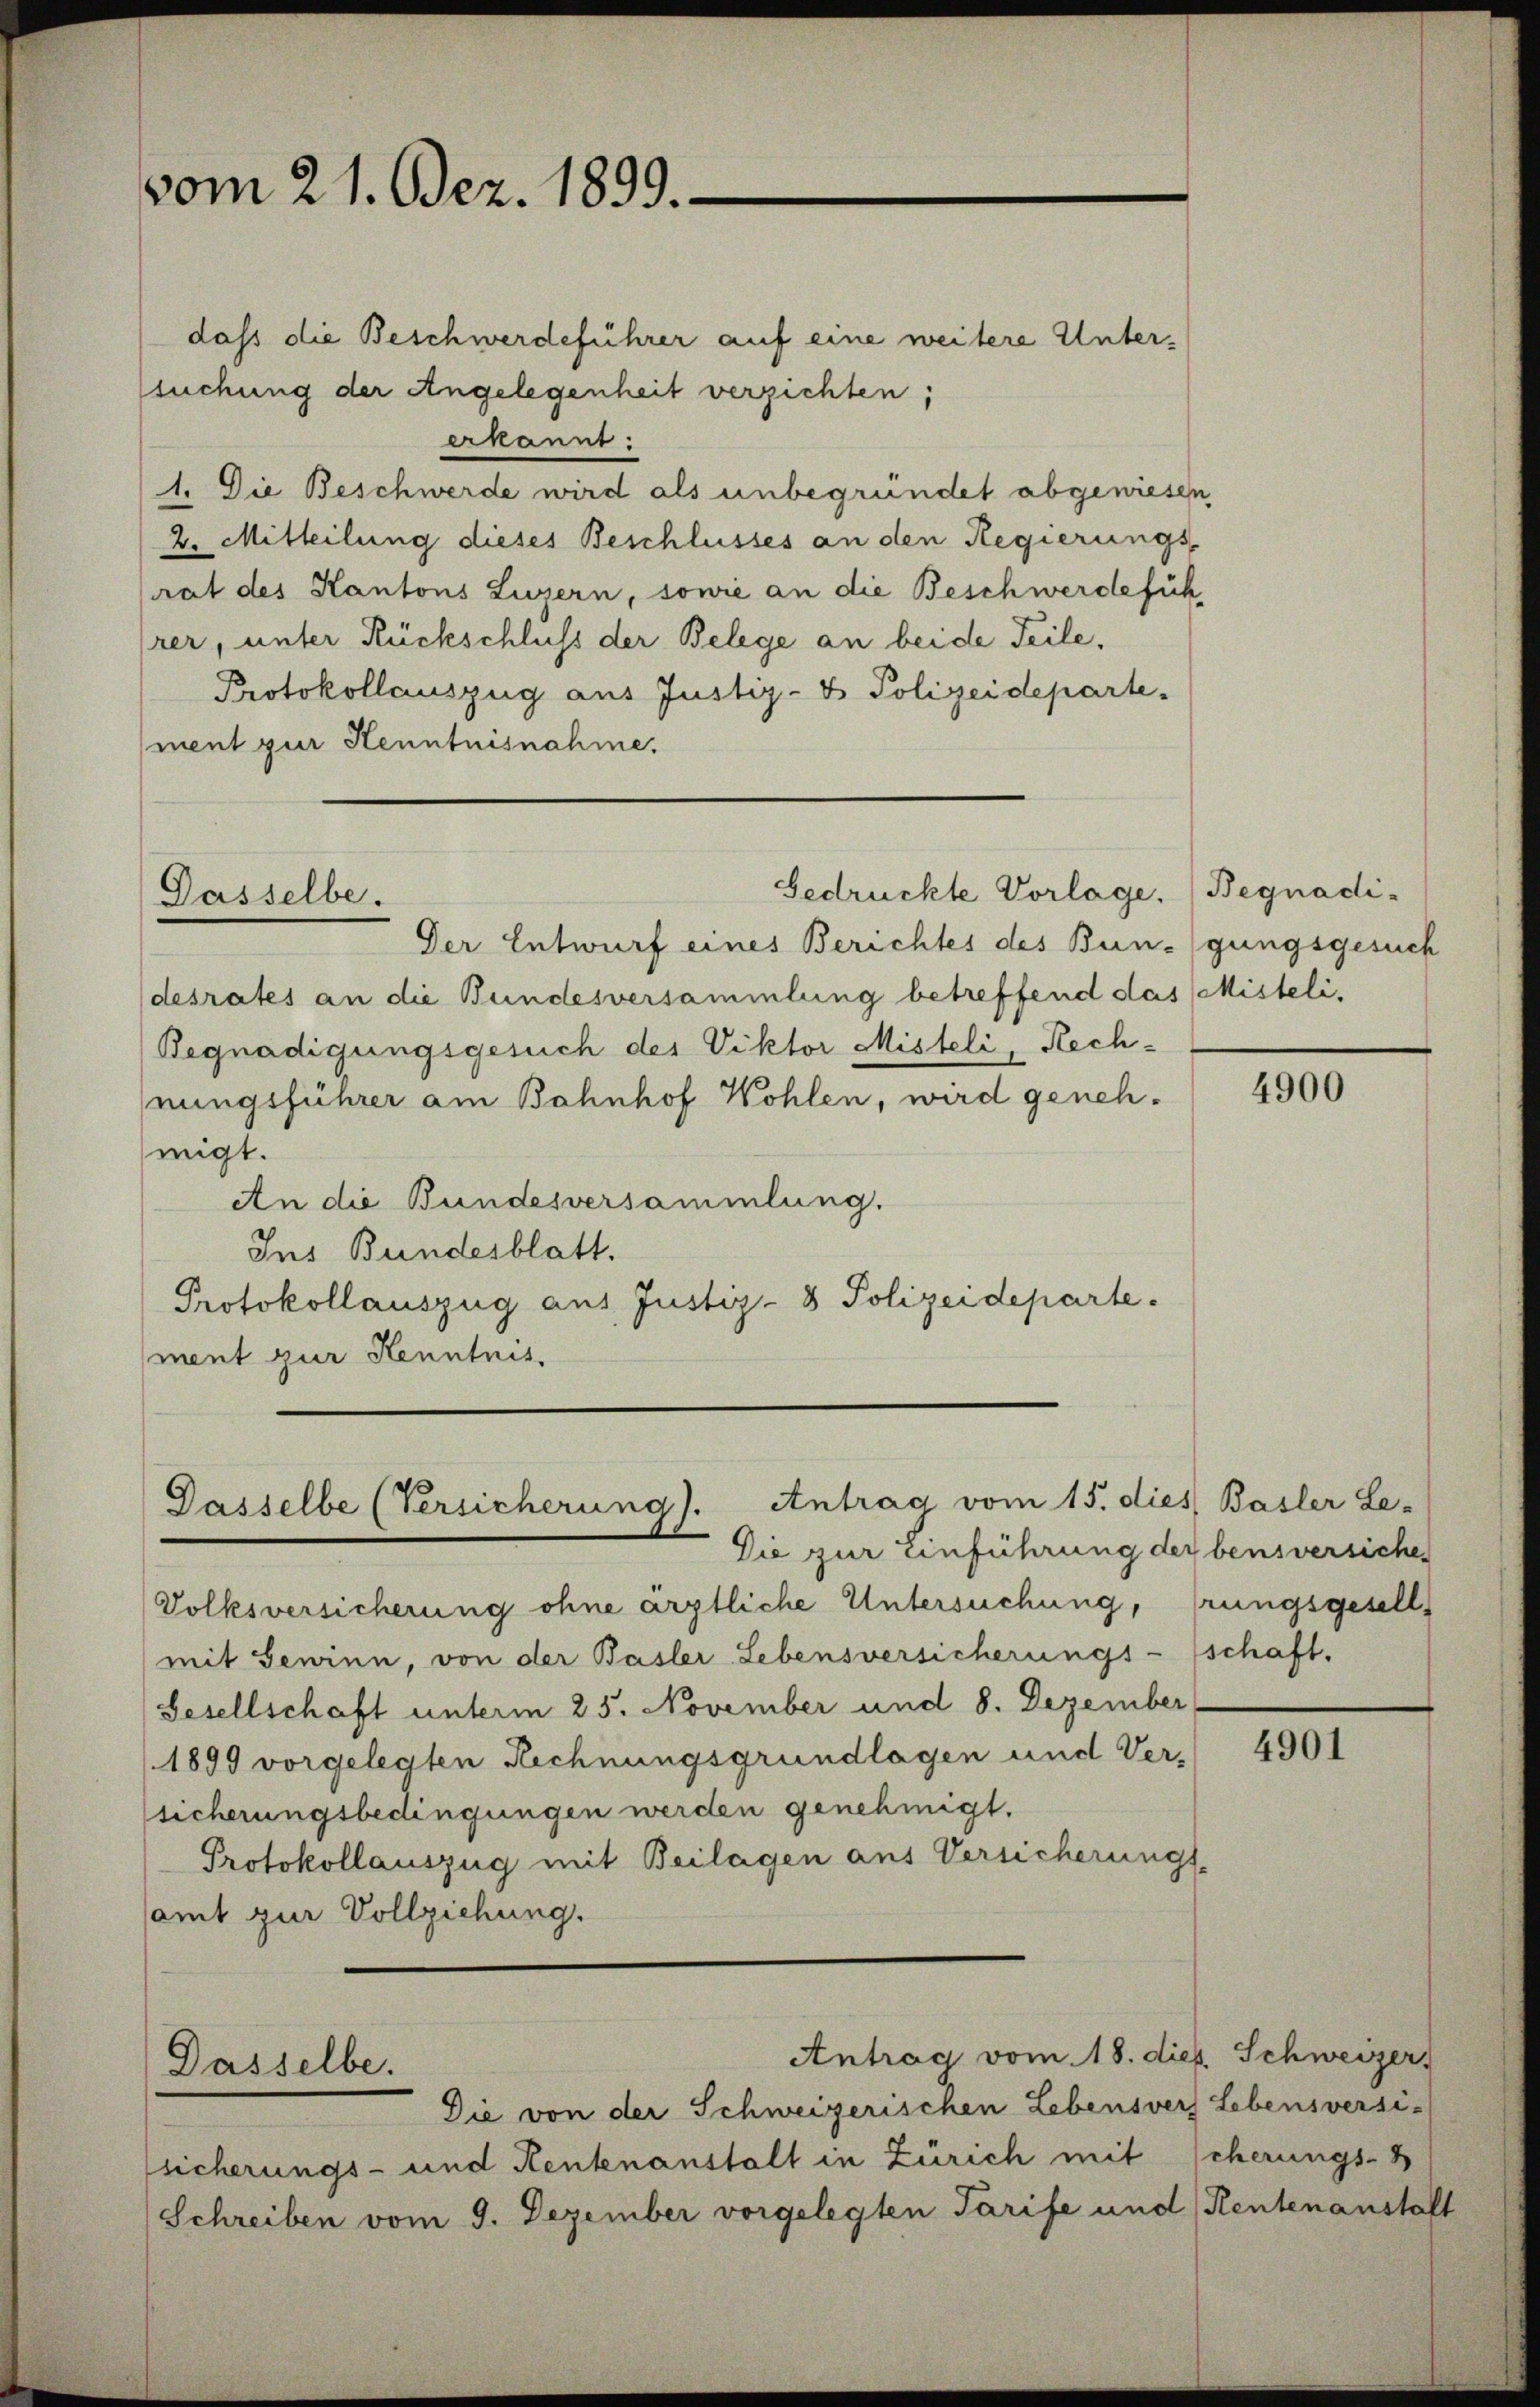
vom 21. Dez. 1899.

Dasselbe.

Gasselbe (Versicherung). Antrag vom 15. dies Basler Le-
Die zur Einführung der bensversiche

Dasselbe.

dass die Beschwerdeführer auf eine weitere Untersuchung der Angelegenheit verzichten;
ekannt:
1. Die Beschwerde wird als unbegründet abgewiesen
2. Mitteilung dieses Beschlusses an den Regierungs-
rat des Kantons Luzern, sowie an die Beschwerdefüh
rer, unter Rückschluss der Belege an beide Teile,
Protokollauszug aus Justiz- & Polizeideparte.
ment zur Kenntnisnahme.

Gedrückte Vorlage. (Begnadi-

Der Entwurf eines Berichtes des Bungungsgesuch
desrates an die Bundesversammlung betreffend das Misteli¬
Begnadigungsgesuch des Viktor Misteli, Rechnungsführer am Bahnhof Wohlen, wird genehmigt.
An die Bundesversammlung.
Ins Bundesblatt.
Protokollauszug aus Justiz- & Polizeideparte.
ment zur Kenntnis.

Antrag vom 18. dies. Schweizer

Die von der Schweizerischen Lebensvers Lebensversi-
sicherungs- und Kentenanstalt in Zürich mit scherungs-B
Schreiben vom 9. Dezember vorgelegten Tarife und Rentenanstalt

Volksversicherung ohne ärztliche Untersuchung, rungsgesell
mit Gewinn, von der Basler-Lebensversicherungs- schaft.
Besellschaft unterm 25. November und 8. Dezember
1899 vorgelegten Rechnungsgrundlagen und Ver-
sicherungsbedingungen werden genehmigt.
Protokollauszug mit Beilagen aus Versicherungs-
samt zur Vollziehung.

4900

4901